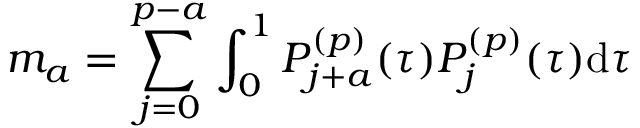
m _ { a } = \sum _ { j = 0 } ^ { p - a } \int _ { 0 } ^ { 1 } P _ { j + a } ^ { ( p ) } ( \tau ) P _ { j } ^ { ( p ) } ( \tau ) \mathrm { d } \tau